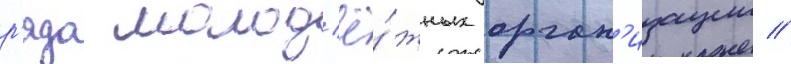
р'яда молод'ё́жных орган'изации //